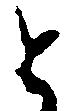
と